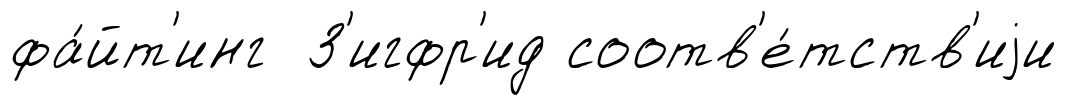
фа́йт'инг З'игфр'ид соотв'е́тств'иjи